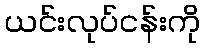
ယင်းလုပ်ငန်းကို